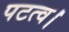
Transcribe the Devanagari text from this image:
पटत्व।